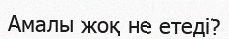
Амалы жоқ не етеді?